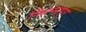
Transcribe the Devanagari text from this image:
किल्मापुर